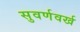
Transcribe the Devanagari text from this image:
सुवर्णवर्ख